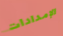
الإمدادات